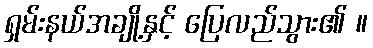
ရှမ်းနယ်အချို့နှင့် ပြေလည်သွား၏ ။